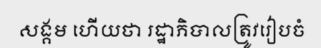
សង្គម ហើយថា រដ្ឋាភិបាលត្រូវរៀបចំ